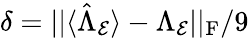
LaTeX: \delta=||\langle\hat{\Lambda}_{\mathcal{E}}\rangle-\Lambda_{\mathcal{E}}||_{\mathrm{F}}/9